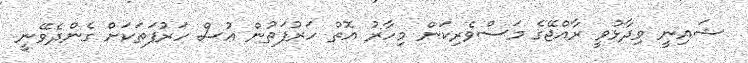
ޝައިނީ ވިދާޅުވީ ރާއްޖޭގެ މަސްވެރިކަން މިހާރު އޮތް ހަރުފަތުން އުސް ހަރުފަތަކަށް ގެންދެވޭނީ